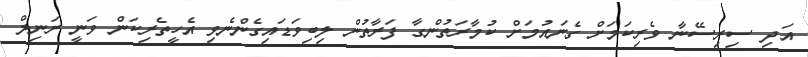
އަދި ސިރިސޭނާ ވެރިކަމަށް ގެނައުމަށް ކުމާރަތުންގާ ފަރާތުން ލިބިވަޑައިގެންނެވި އެހީތެރިކަން ވަނީ ރަނިލް